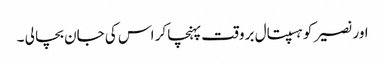
اور نصیر کو ہسپتال بروقت پہنچا کر اس کی جان بچا لی ۔